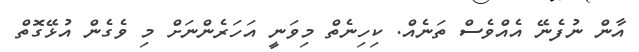
އާން ނުފެނޭ އެއްވެސް ތަނެއް. ކިހިނެތް މިވަނީ އަހަރެންނަށް މި ވެގެެން އުޅޭގޮތް